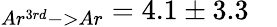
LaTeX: _{Ar^{3rd}->Ar}=4.1\pm 3.3\quad